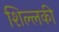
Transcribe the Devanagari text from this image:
शिल्लकी